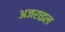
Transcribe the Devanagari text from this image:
अजराइल